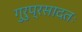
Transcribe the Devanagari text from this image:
गुरुप्रसादतः